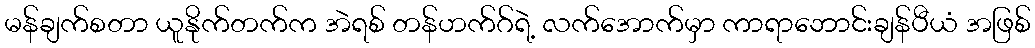
မန်ချက်စတာ ယူနိုက်တက်က အဲရစ် တန်ဟက်ဂ်ရဲ့ လက်အောက်မှာ ကာရာဘောင်းချန်ပီယံ အဖြစ်